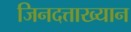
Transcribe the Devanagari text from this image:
जिनदत्ताख्यान